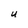
Character: U